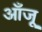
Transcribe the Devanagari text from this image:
आँजू